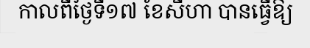
កាលពីថ្ងៃទី១៧ ខែសីហា បានធ្វើឱ្យ